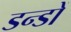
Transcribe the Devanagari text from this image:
डन्डों